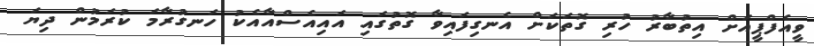
ވީއެފްޕީއަށް އިތުބާރު ހުރި ގޮތަކަށް އެނގިފައިވާ ގޮތުގައި އައިއެސްއާއެކު ހަނގުރާމަ ކުރަމުން ދިޔަ